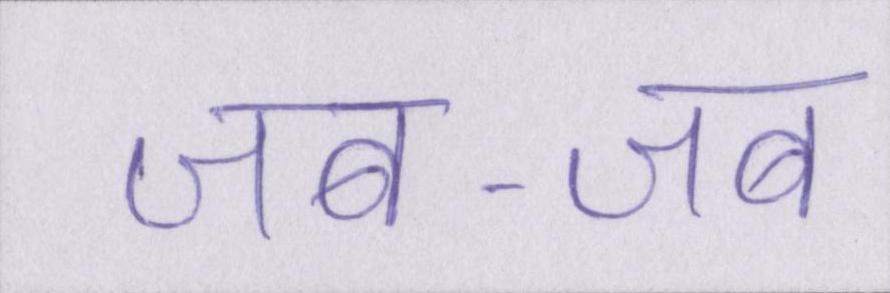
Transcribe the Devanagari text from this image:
जब-जब